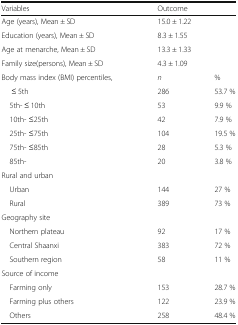
| Variables | <COLSPAN=2> Outcome |
 | --- | --- | --- |
 | Age (years), Mean ± SD | <COLSPAN=2> 15.0 ± 1.22 |
 | Education (years), Mean ± SD | <COLSPAN=2> 8.3 ± 1.55 |
 | Age at menarche, Mean ± SD | <COLSPAN=2> 13.3 ± 1.33 |
 | Family size(persons), Mean ± SD | <COLSPAN=2> 4.3 ± 1.09 |
 | Body mass index (BMI) percentiles, | n | % |
 | ≤ 5th | 286 | 53.7 % |
 | 5th- ≤ 10th | 53 | 9.9 % |
 | 10th- ≤25th | 42 | 7.9 % |
 | 25th- ≤75th | 104 | 19.5 % |
 | 75th- ≤85th | 28 | 5.3 % |
 | 85th- | 20 | 3.8 % |
 | <COLSPAN=3> Rural and urban |
 | Urban | 144 | 27 % |
 | Rural | 389 | 73 % |
 | <COLSPAN=3> Geography site |
 | Northern plateau | 92 | 17 % |
 | Central Shaanxi | 383 | 72 % |
 | Southern region | 58 | 11 % |
 | <COLSPAN=3> Source of income |
 | Farming only | 153 | 28.7 % |
 | Farming plus others | 122 | 23.9 % |
 | Others | 258 | 48.4 % |